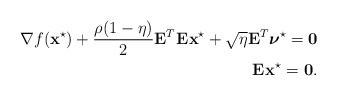
LaTeX: \begin{align*}\nabla f(\mathbf{x}^{\star}) + \frac{\rho(1-\eta)}{2} \mathbf{E}_{}^T\mathbf{E}_{}\mathbf{x}^{\star} + \sqrt{\eta} \mathbf{E}_{}^T\boldsymbol{\nu}^{\star} = \mathbf{0} \\\mathbf{E}_{}\mathbf{x}^{\star} = \mathbf{0}. \end{align*}